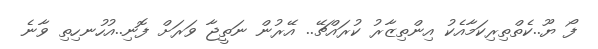
ފޯ ޔޫ..ކެތްތިރިކަމާއެކު އިންތިޒާރު ކުރައްޗޭ.. އޭރުން ނަތީޖާ ވަރަށް ފޮނި..އުހުނހިތި ވާނެ